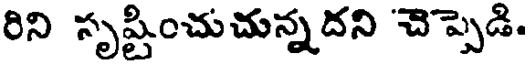
రిని సృష్టించుచున్నదని చెప్పెడి.